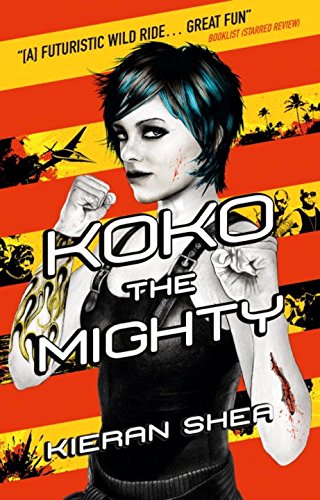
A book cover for Koko the Mighty; Kieran Shea; Science Fiction & Fantasy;